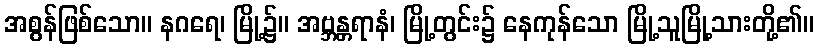
အစွန်ဖြစ်သော။ နဂရေ၊ မြို့၌။ အဗ္ဘန္တရာနံ၊ မြို့တွင်း၌ နေကုန်သော မြို့သူမြို့သားတို့၏။